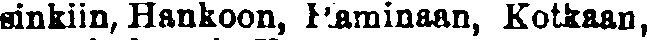
sinkiin, Hankoon, Haminaan, Kotkaan,